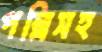
পল্লিসহ